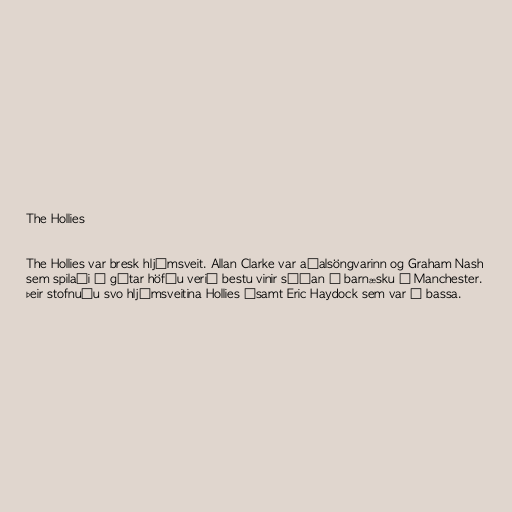
The Hollies

The Hollies var bresk hljómsveit. Allan Clarke var aðalsöngvarinn og Graham Nash
sem spilaði á gítar höfðu verið bestu vinir síðan í barnæsku í Manchester.
Þeir stofnuðu svo hljómsveitina Hollies ásamt Eric Haydock sem var á bassa.